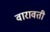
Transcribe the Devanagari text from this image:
वारावती